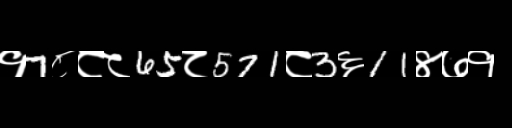
Text: १7८८८65८571८3६11४७१